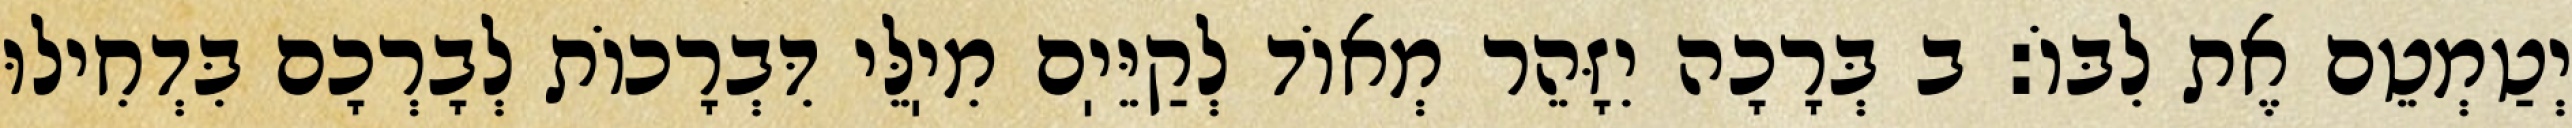
יְטַמְטֵם אֶת לִבּוֹ: ב בְּרָכָה יִזָּהֵר מְאוֹד לְקַיֵּיֽם מִיֽלֵּי דִּבְרָכוֹת לְבָרְכָם בִּדְחִילוּ